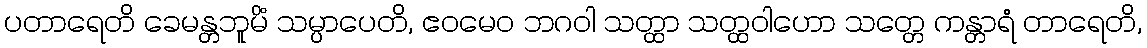
ပတာရေတိ ခေမန္တဘူမိံ သမ္ပာပေတိ, ဧဝမေဝ ဘဂဝါ သတ္ထာ သတ္ထဝါဟော သတ္တေ ကန္တာရံ တာရေတိ,